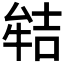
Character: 𭷬